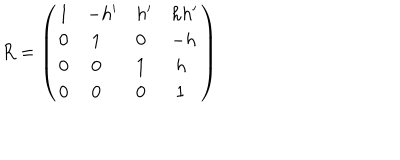
LaTeX: R = \left( \begin{array} { l l l l } { { 1 } } & { { - h ^ { \prime } } } & { { h ^ { \prime } } } & { { h h ^ { \prime } } } \\ { { 0 } } & { { \ 1 } } & { { 0 } } & { { - h } } \\ { { 0 } } & { { \ 0 } } & { { 1 } } & { { \ h } } \\ { { 0 } } & { { \ 0 } } & { { 0 } } & { { \ 1 } } \\ \end{array} \right)